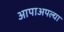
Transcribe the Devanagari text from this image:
आपाअपल्या